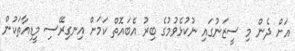
އަށް ދެން މި ސީޒަނުގައި ނުކުޅެވުމުގެ ބިރު އެބައޮތް ކަމަށް އިނގިރޭސި މީޑިއާތަކުން